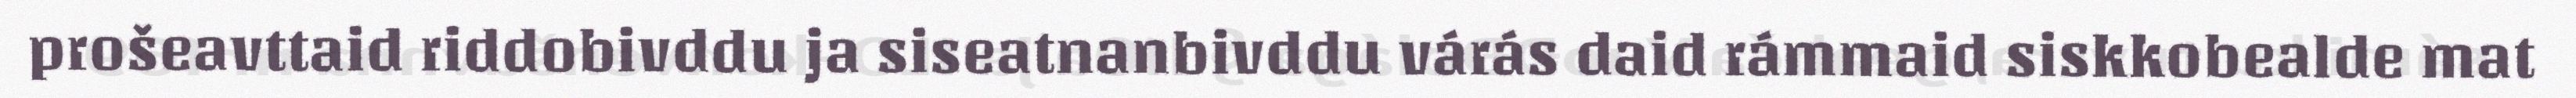
prošeavttaid riddobivddu ja siseatnanbivddu várás daid rámmaid siskkobealde mat